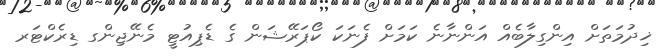
ޚިދުމަތަށް އިންގިލާބެއް އަންނާނެ ކަމަށް ފެނަކަ ކޯޕަރޭޝަން ގެ ޑެޕިއުޓީ މެނޭޖިންގ ޑިރެކްޓަރ